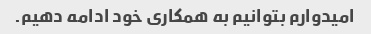
امیدوارم بتوانیم به همکاری خود ادامه دهیم.